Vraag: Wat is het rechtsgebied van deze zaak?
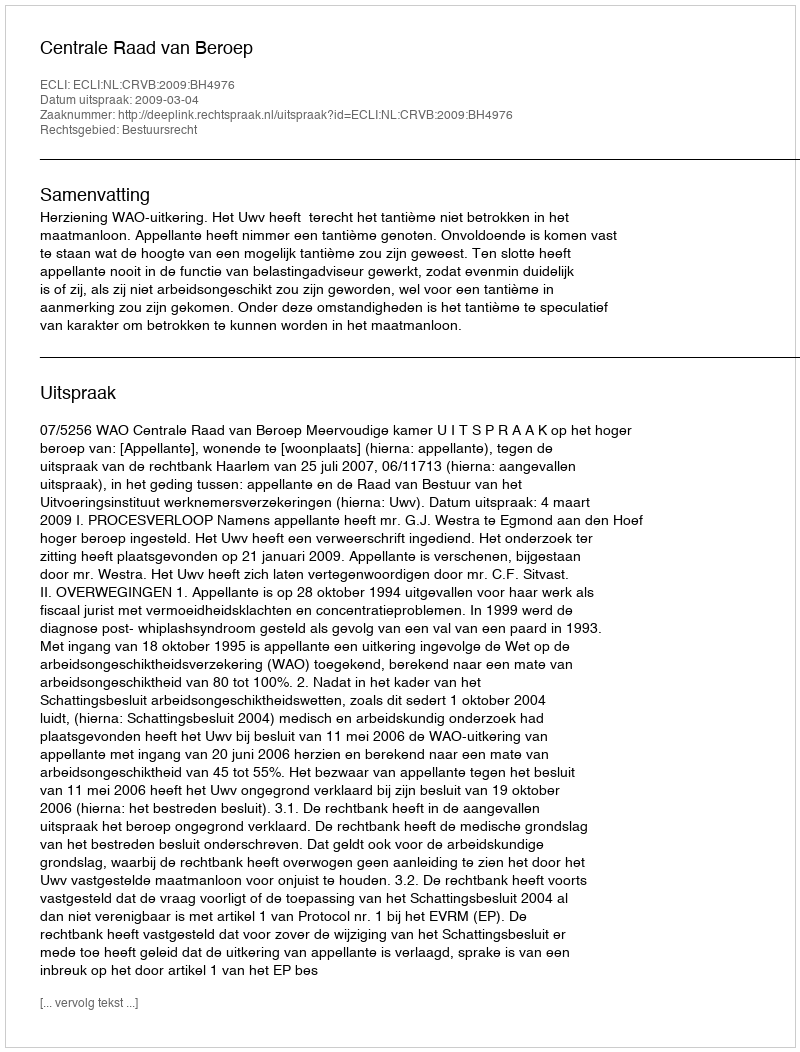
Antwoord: Bestuursrecht